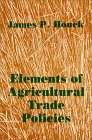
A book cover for Elements of Agricultural Trade Policies; James P. Houck; Business & Money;